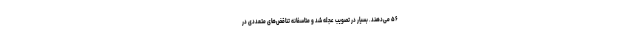
۵۶ می‌دهند. بسیار در تصویب عجله شد و متاسفانه تناقض‌های متعددی در